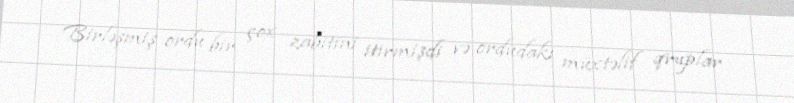
Birləşmiş ordu bir çox zabitini itirmişdi və ordudakı müxtəlif qruplar